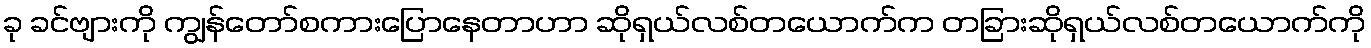
ခု ခင်ဗျားကို ကျွန်တော်စကားပြောနေတာဟာ ဆိုရှယ်လစ်တယောက်က တခြားဆိုရှယ်လစ်တယောက်ကို